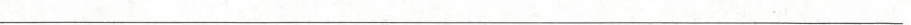
___